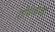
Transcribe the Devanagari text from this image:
शोधकाकडे